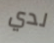
لدي